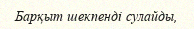
Барқыт шекпенді сулайды,